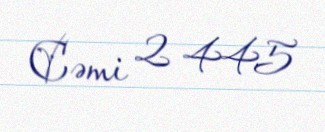
Cəmi 2 445